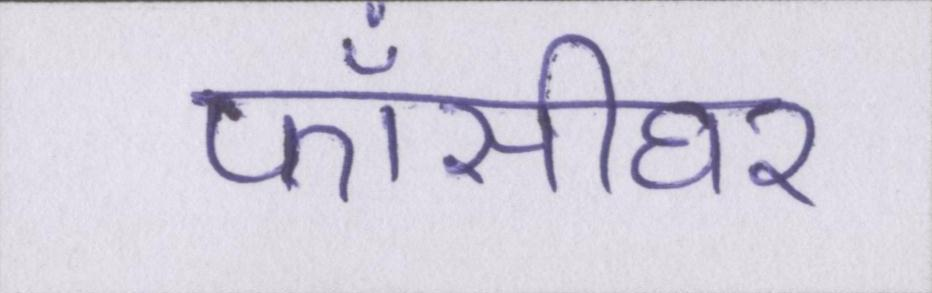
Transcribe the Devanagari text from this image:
फाँसीघर